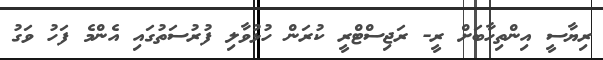
ރިޔާސީ އިންތިހާބަށް ރީ- ރަޖިސްޓްރީ ކުރަން ހުޅުވާލި ފުރުސަތުގައި އެންމެ ފަހު ވަގު